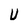
Character: U